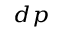
_ { d p }